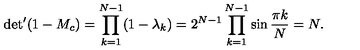
{ { \det } ^ { \prime } ( 1 - M _ { c } ) = \prod _ { k = 1 } ^ { N - 1 } ( 1 - \lambda _ { k } ) = 2 ^ { N - 1 } \prod _ { k = 1 } ^ { N - 1 } \sin { \frac { \pi k } { N } } = N . }